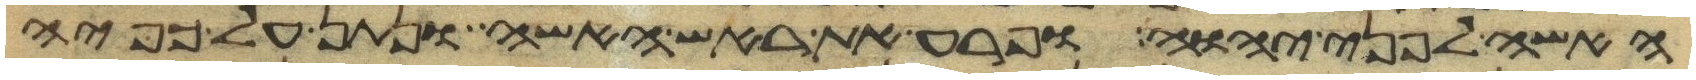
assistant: האשה לפני יהוה ופרע את ראש האשה ונתן על כפיה